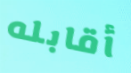
أقابله